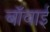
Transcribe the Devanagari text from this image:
बॉवाई